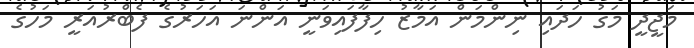
މަޖީދީ މަގު ހަދައި ނިންމަން އަމާޒު ހިފާފައިވަނީ އަންނަ އަހަރުގެ ފެބްރުއަރީ މަހުގެ